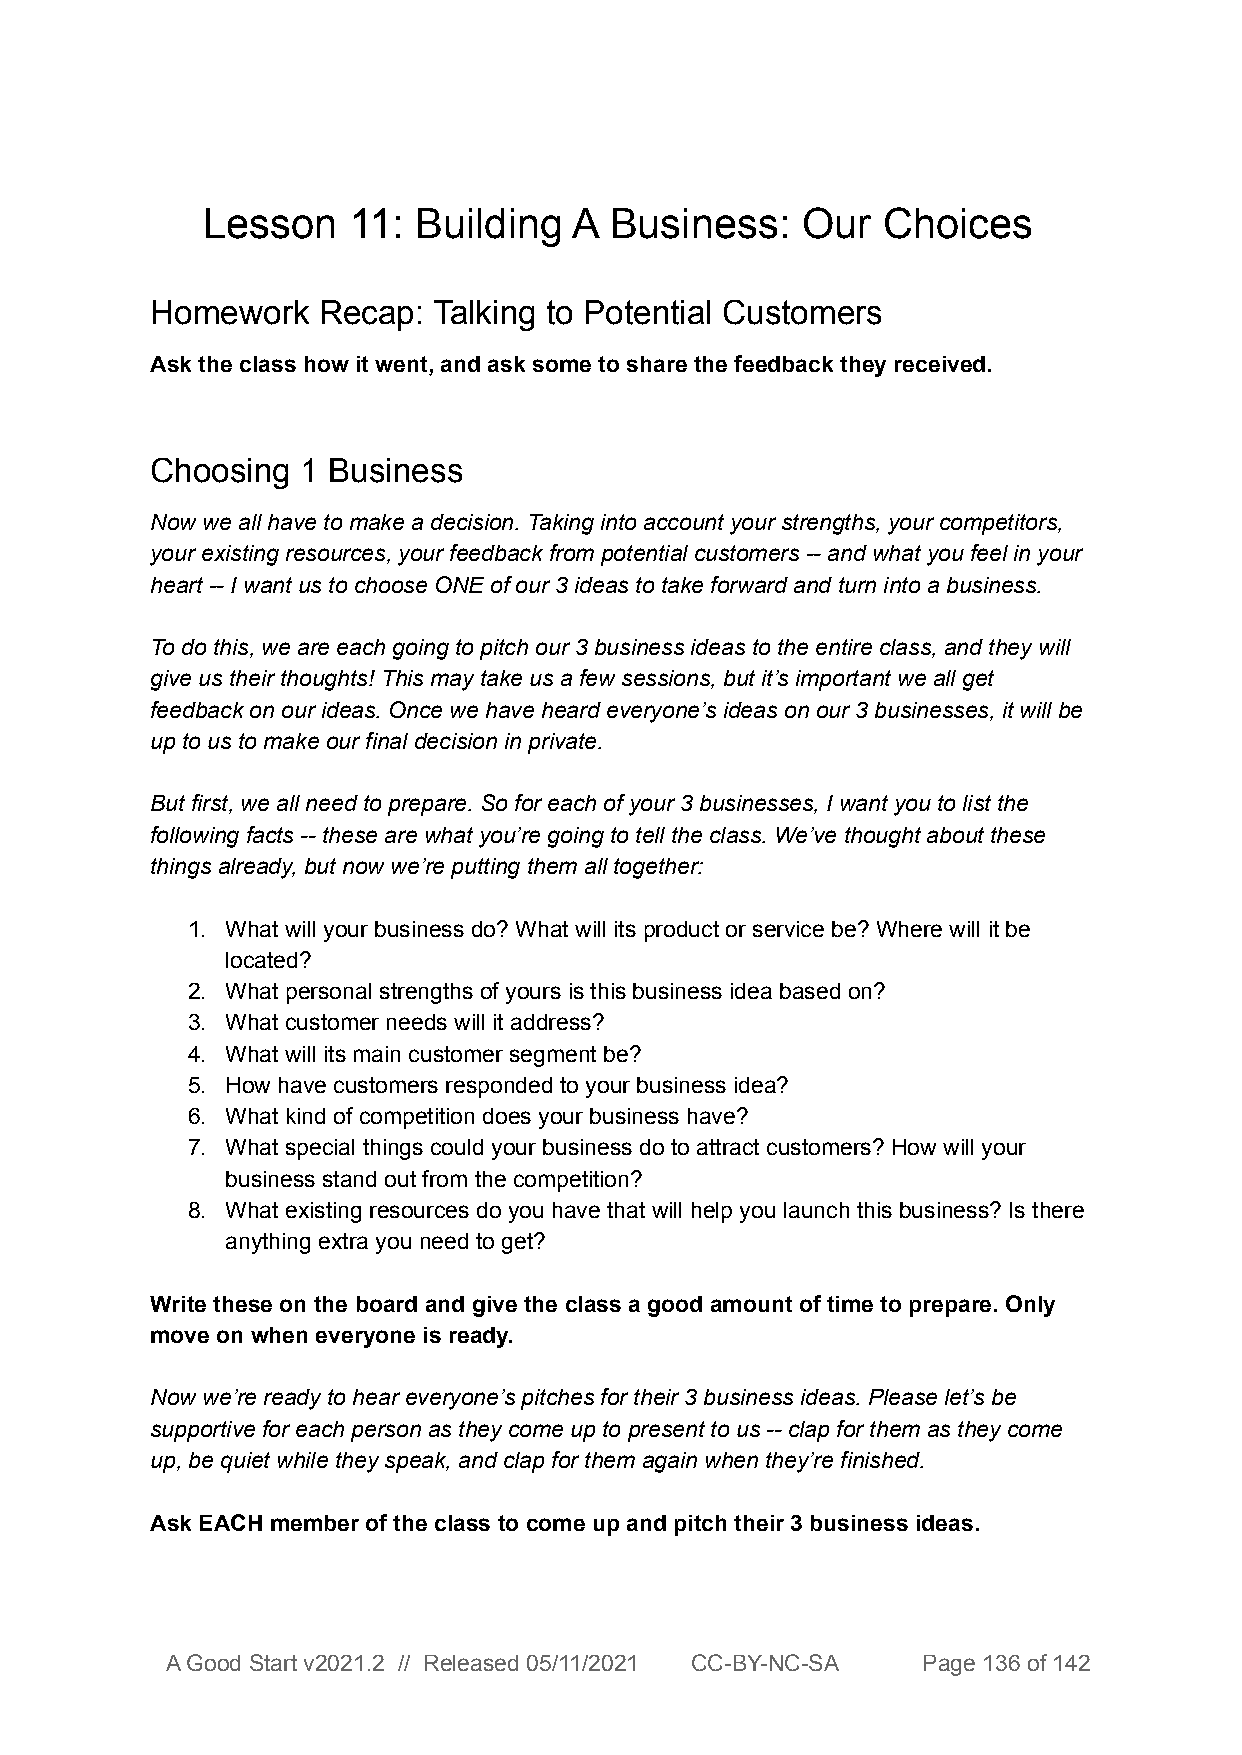
Lesson    11: Building   A Business:    Our  Choices
 Homework   Recap:  Talking to Potential Customers
 Ask the class how it went, and ask some to share the feedback they received.
 Choosing  1 Business
 Now we all have to make a decision. Taking into account your strengths, your competitors,
 your existing resources, your feedback from potential customers -- and what you feel in your
 heart -- I want us to choose ONE of our 3 ideas to take forward and turn into a business.
 To do this, we are each going to pitch our 3 business ideas to the entire class, and they will
 give us their thoughts! This may take us a few sessions, but it’s important we all get
 feedback on our ideas. Once we have heard everyone’s ideas on our 3 businesses, it will be
 up to us to make our final decision in private.
 But first, we all need to prepare. So for each of your 3 businesses, I want you to list the
 following facts -- these are what you’re going to tell the class. We’ve thought about these
 things already, but now we’re putting them all together:
 1. What will your business do? What will its product or service be? Where will it be
 located?
 2. What personal strengths of yours is this business idea based on?
 3. What customer needs will it address?
 4. What will its main customer segment be?
 5. How have customers responded to your business idea?
 6. What kind of competition does your business have?
 7. What special things could your business do to attract customers? How will your
 business stand out from the competition?
 8. What existing resources do you have that will help you launch this business? Is there
 anything extra you need to get?
 Write these on the board and give the class a good amount of time to prepare. Only
 move on when everyone is ready.
 Now we’re ready to hear everyone’s pitches for their 3 business ideas. Please let’s be
 supportive for each person as they come up to present to us -- clap for them as they come
 up, be quiet while they speak, and clap for them again when they’re finished.
 Ask EACH member of the class to come up and pitch their 3 business ideas.
 A Good Start v2021.2 // Released 05/11/2021 CC-BY-NC-SA Page 136 of 142